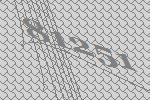
81251